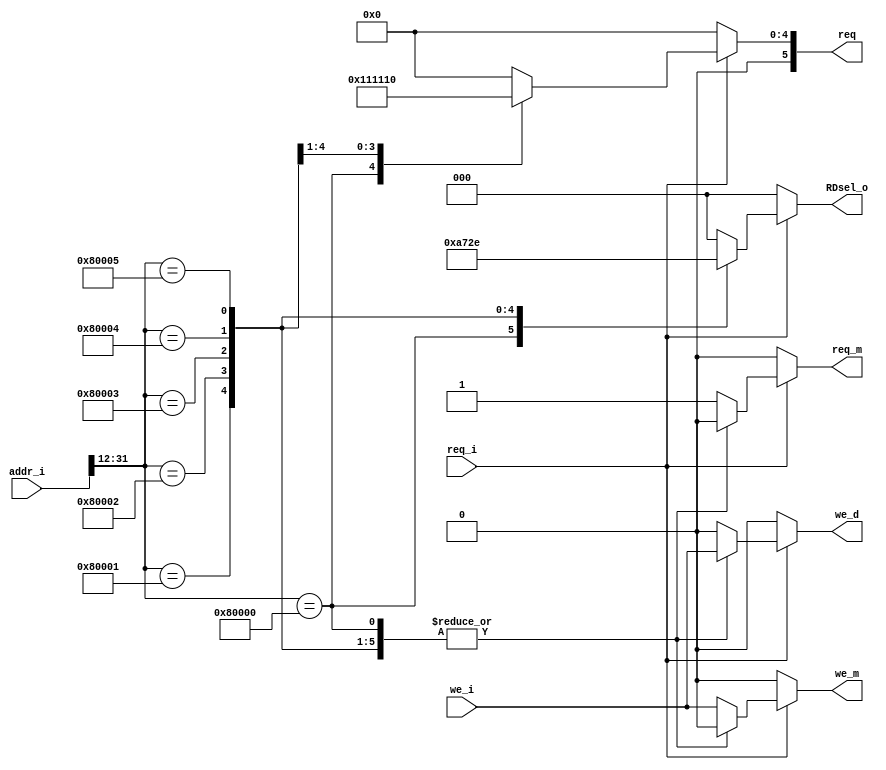
module address_decoder(
    input we_i, req_i,
    input [31:0] addr_i,
    output reg req_m, we_m, 
    output reg [5:0] req, //0-й бит-светодиоды 1-семсег 2-sw 3-клава 4-rx 5-tx
    output reg we_d, 
    output reg [2:0] RDsel_o      //0-mem 1-d0..
    );

  always @(*) begin
  {req_m, we_m, req, we_d, RDsel_o} = 'b0;
  if (req_i)
    case(addr_i[31:12])
      20'h80000: begin //led
        req = 5'h01;
        RDsel_o = 3'd1;
        we_d = we_i;
      end
      20'h80001: begin //semseg
        req = 5'h02;
        RDsel_o = 3'd2;
        we_d = we_i;
      end
      20'h80002: begin //sw
        req = 5'h04;
        RDsel_o = 3'd3;
        we_d = we_i;
      end
      20'h80003: begin //keyboard
        req = 5'h08;
        RDsel_o = 3'd4;
        we_d = we_i;
      end
      20'h80004: begin //rx
        req = 5'h10;
        RDsel_o = 3'd5;
        we_d = we_i;
      end
      20'h80005: begin //tx
        req = 5'h20;
        RDsel_o = 3'd6;
        we_d = we_i;
      end
      default: begin
        req_m = 'b1;
        we_m = we_i;
        RDsel_o = 3'b0;
      end
    endcase
  end
    
endmodule